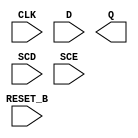
module sky130_fd_sc_hs__sdfrtp (
    RESET_B,
    CLK    ,
    D      ,
    Q      ,
    SCD    ,
    SCE
);

    input  RESET_B;
    input  CLK    ;
    input  D      ;
    output Q      ;
    input  SCD    ;
    input  SCE    ;

    // Voltage supply signals
    supply1 VPWR;
    supply0 VGND;

endmodule